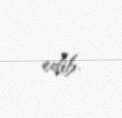
edib.